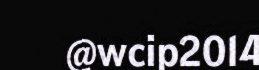
@wcip2014